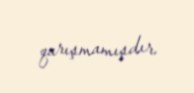
qarışmamışdır.